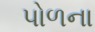
પોળના